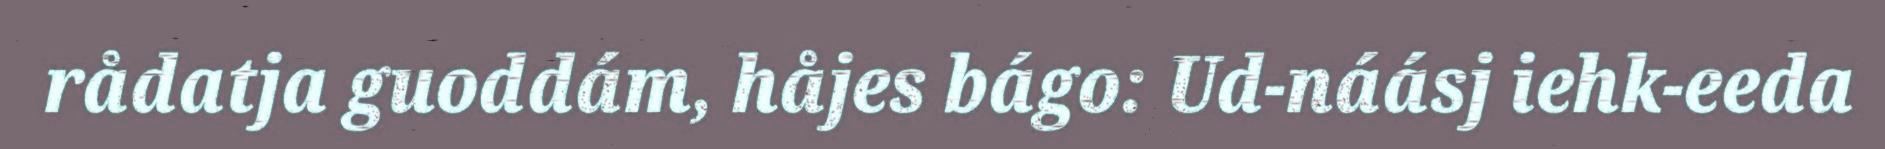
rådatja guoddám, håjes bágo: Ud-náásj iehk-eeda